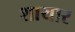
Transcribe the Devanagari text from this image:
शायार